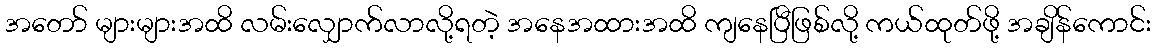
အတော် များများအထိ လမ်းလျှောက်လာလို့ရတဲ့ အနေအထားအထိ ကျနေပြီဖြစ်လို့ ကယ်ထုတ်ဖို့ အချိန်ကောင်း